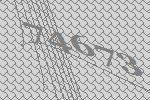
74673